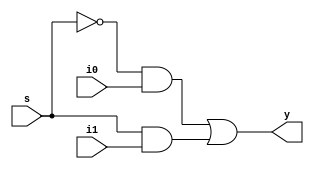
module mux (y,s,i1,i0);

input s,i1,i0;
output y;

or G4(y,p1,p2);
not G1 (sbar,s);
and G2(p1,sbar,i0);
and G3(p2,s,i1);

endmodule